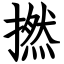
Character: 撚